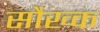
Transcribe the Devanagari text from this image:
सौख्क